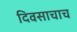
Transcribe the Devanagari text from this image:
दिवसाचाच